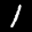
Label: 1